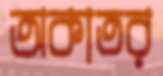
অকাতর